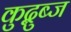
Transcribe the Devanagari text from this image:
कुद्बुब्ज